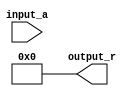
module BitwiseReciprocal #(
    parameter N = 8, // Width of the input and output
    parameter MAX_ITER = 5 // Maximum number of iterations for convergence
)(
    input wire [N-1:0] input_a, // Input value (non-zero)
    output reg [N-1:0] output_r // Output reciprocal
);

    reg [N-1:0] estimate; // Current estimate of the reciprocal
    reg [N-1:0] product; // Product of estimate and input_a
    integer i; // Loop counter

    always @(*) begin
        // Initialize the estimate to 2^N
        estimate = 1 << N; // This is 2^N

        // Iterative approximation
        for (i = 0; i < MAX_ITER; i = i + 1) begin
            // Calculate product of estimate and input_a
            product = estimate * input_a;

            // Adjust estimate based on product
            if (product > (1 << (N-1))) begin
                // If product is greater than 2^(N-1), decrease estimate
                estimate = estimate >> 1; // Divide estimate by 2
            end else begin
                // If product is less than or equal to 2^(N-1), increase estimate
                estimate = estimate + (estimate >> 1); // Multiply estimate by 1.5
            end
        end

        // Finalize output
        output_r = estimate;
    end

endmodule